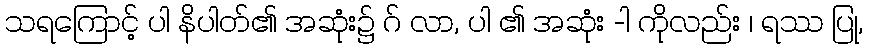
သရကြောင့် ပါ နိပါတ်၏ အဆုံး၌ ဂ် လာ, ပါ ၏ အဆုံး -ါ ကိုလည်း ၊ ရဿ ပြု,